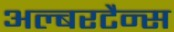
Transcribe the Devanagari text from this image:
अल्बरटैन्स